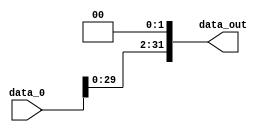
module shift_left_2(
    input   wire    [31:0]  data_0, // entrada 
    output  wire    [31:0]  data_out // saida 
);

    assign data_out = data_0 << 2; // desloca a entrada dois bits para a esquerda

endmodule